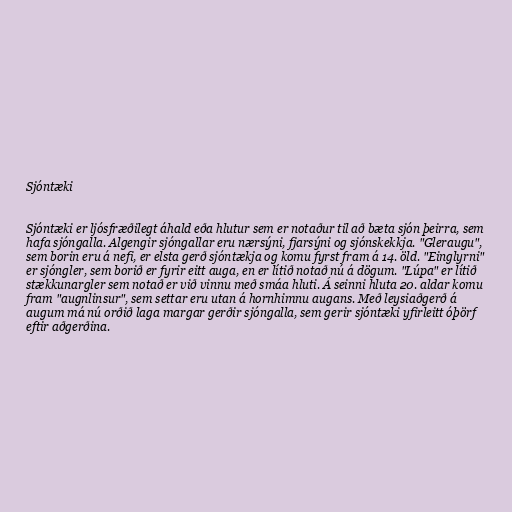
Sjóntæki

Sjóntæki er ljósfræðilegt áhald eða hlutur sem er notaður til að bæta sjón þeirra, sem
hafa sjóngalla. Algengir sjóngallar eru nærsýni, fjarsýni og sjónskekkja. "Gleraugu",
sem borin eru á nefi, er elsta gerð sjóntækja og komu fyrst fram á 14. öld. "Einglyrni"
er sjóngler, sem borið er fyrir eitt auga, en er lítið notað nú á dögum. "Lúpa" er lítið
stækkunargler sem notað er við vinnu með smáa hluti. Á seinni hluta 20. aldar komu
fram "augnlinsur", sem settar eru utan á hornhimnu augans. Með leysiaðgerð á
augum má nú orðið laga margar gerðir sjóngalla, sem gerir sjóntæki yfirleitt óþörf
eftir aðgerðina.